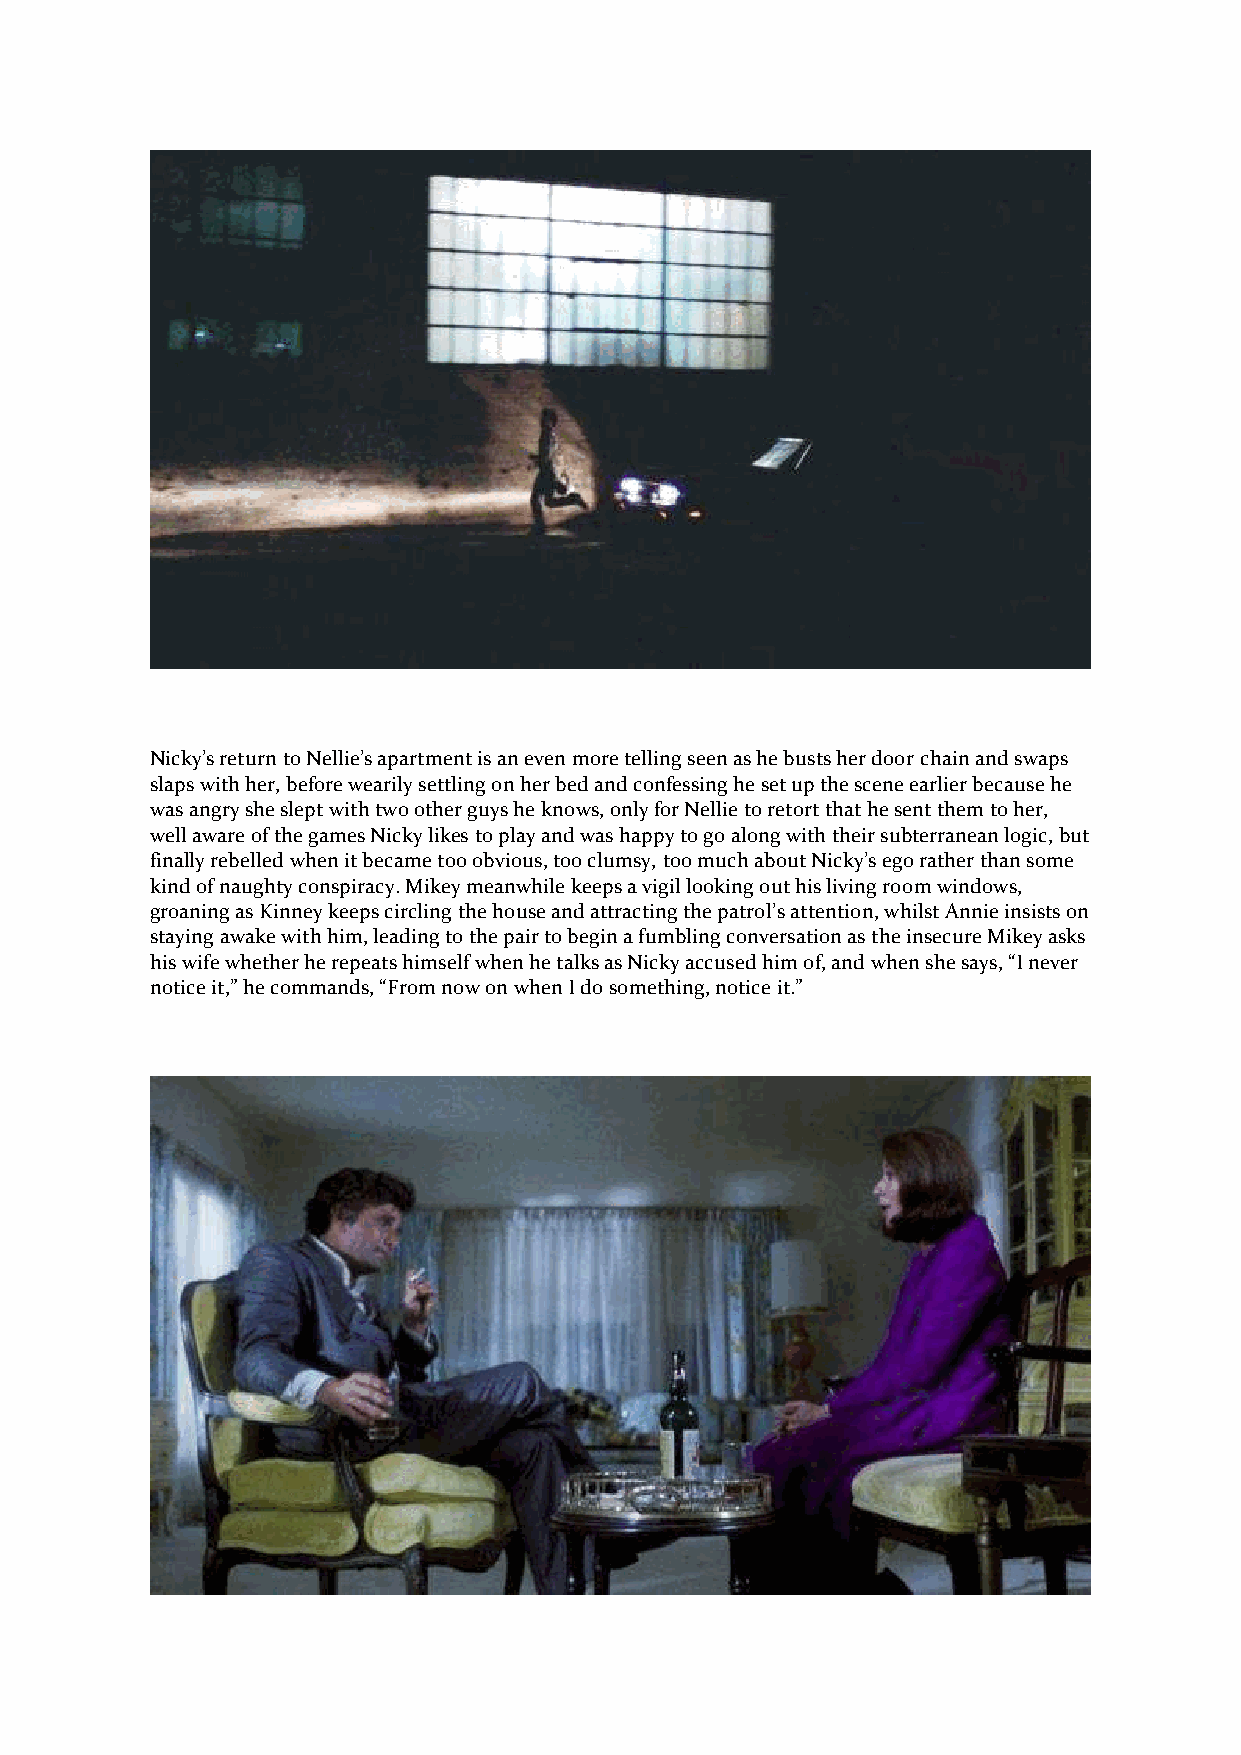
Nicky’s return to Nellie’s apartment is an even more telling seen as he busts her door chain and swaps
 slaps with her, before wearily settling on her bed and confessing he set up the scene earlier because he
 was angry she slept with two other guys he knows, only for Nellie to retort that he sent them to her,
 well aware of the games Nicky likes to play and was happy to go along with their subterranean logic, but
 finally rebelled when it became too obvious, too clumsy, too much about Nicky’s ego rather than some
 kind of naughty conspiracy. Mikey meanwhile keeps a vigil looking out his living room windows,
 groaning as Kinney keeps circling the house and attracting the patrol’s attention, whilst Annie insists on
 staying awake with him, leading to the pair to begin a fumbling conversation as the insecure Mikey asks
 his wife whether he repeats himself when he talks as Nicky accused him of, and when she says, “I never
 notice it,” he commands, “From now on when I do something, notice it.”